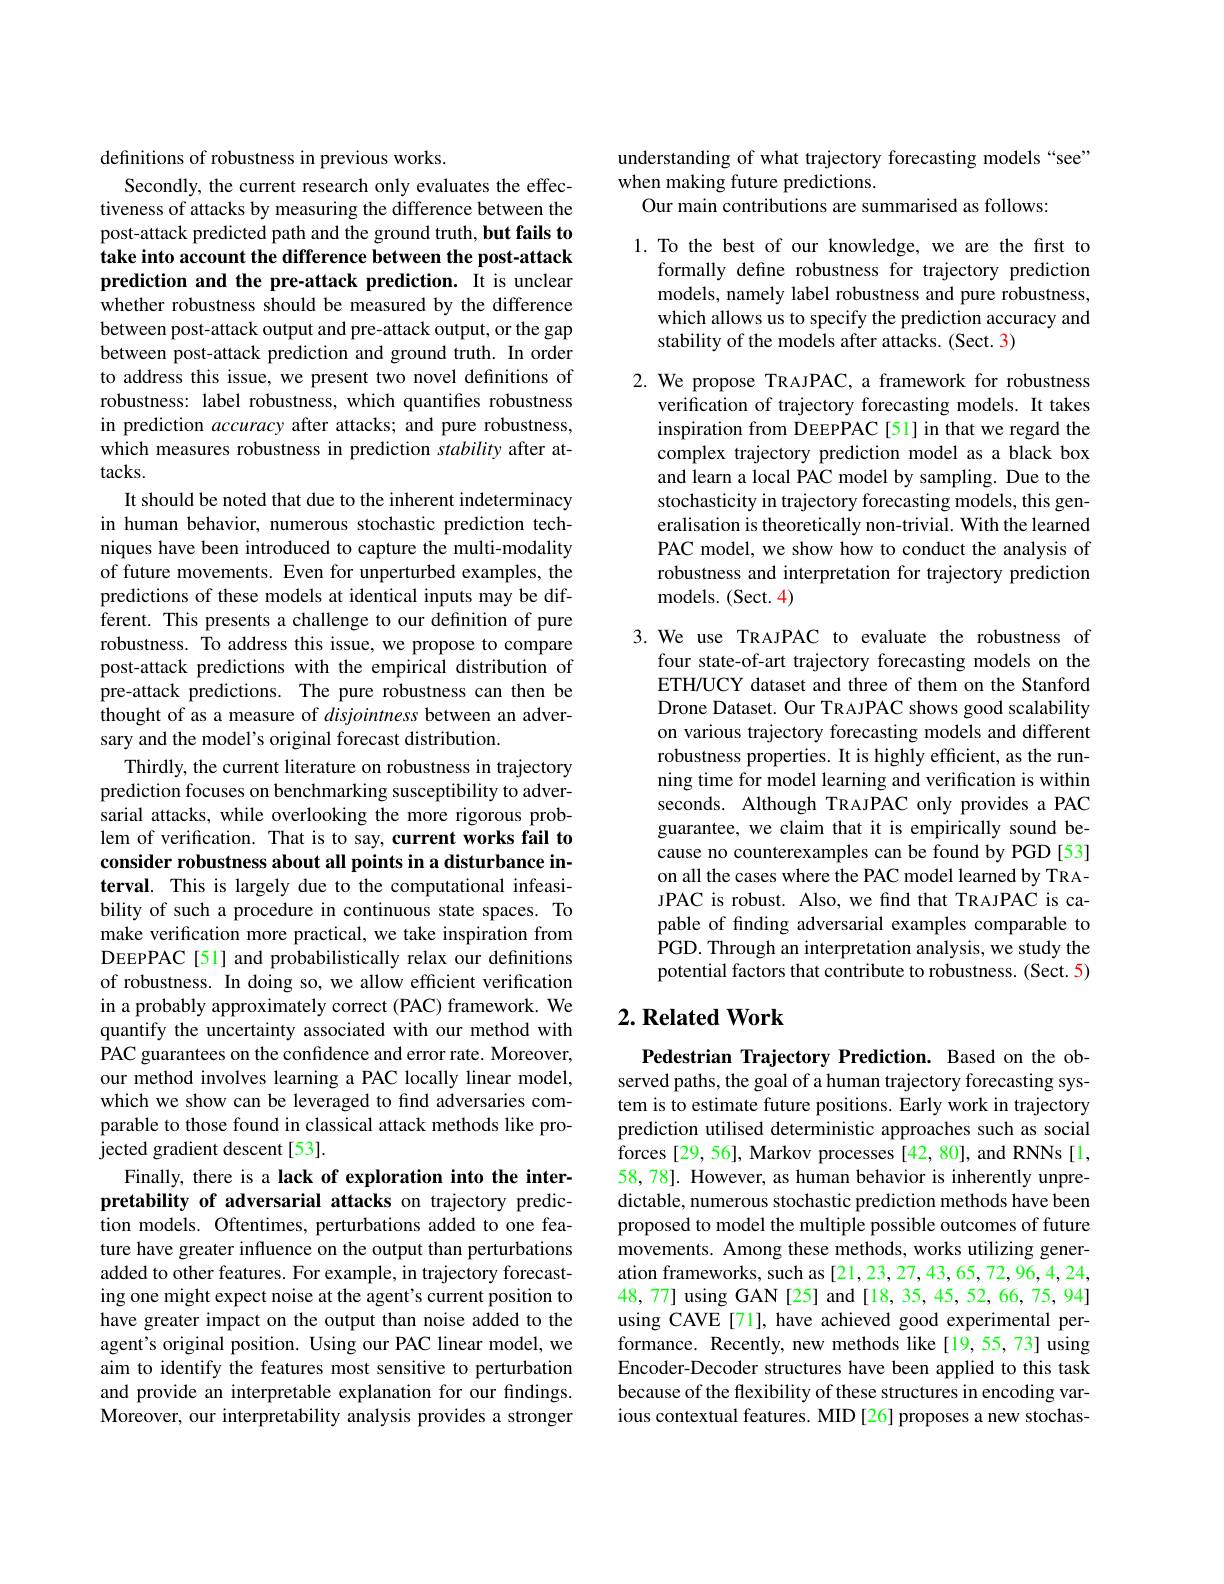
definitions of robustness in previous works.
Secondly, the current research only evaluates the effectiveness of attacks by measuring the difference between the post-attack predicted path and the ground truth, but fails to take into account the difference between the post-attack prediction and the pre-attack prediction. It is unclear whether robustness should be measured by the difference between post-attack output and pre-attack output, or the gap between post-attack prediction and ground truth. In order to address this issue, we present two novel definitions of robustness: label robustness, which quantifies robustness in prediction accuracy after attacks; and pure robustness, which measures robustness in prediction stability after at- $tacks.$
It should be noted that due to the inherent indeterminacy in human behavior, numerous stochastic prediction techniques have been introduced to capture the multi-modality of future movements. Even for unperturbed examples, the predictions of these models at identical inputs may be different. This presents a challenge to our definition of pure robustness. To address this issue, we propose to compare post-attack predictions with the empirical distribution of pre-attack predictions. The pure robustness can then be thought of as a measure of disjointness between an adversary and the model's original forecast distribution.
Thirdly, the current literature on robustness in trajectory prediction focuses on benchmarking susceptibility to adversarial attacks, while overlooking the more rigorous problem of verification. That is to say, current works fail to consider robustness about all points in a disturbance interval. This is largely due to the computational infeasibility of such a procedure in continuous state spaces. To make verification more practical, we take inspiration from DEEPPAC[51] and probabilistically relax our definitions of robustness. In doing so, we allow efficient verification in a probably approximately correct (PAC) framework. We quantify the uncertainty associated with our method with PAC guarantees on the confidence and error rate. Moreover, our method involves learning a PAC locally linear model, which we show can be leveraged to find adversaries comparable to those found in classical attack methods like projected gradient descent[53].
Finally, there is a lack of exploration into the interpretability of adversarial attacks on trajectory prediction models. Oftentimes, perturbations added to one feature have greater influence on the output than perturbations added to other features. For example, in trajectory forecasting one might expect noise at the agent's current position to have greater impact on the output than noise added to the agent's original position. Using our PAC linear model, we aim to identify the features most sensitive to perturbation and provide an interpretable explanation for our findings. Moreover, our interpretability analysis provides a stronger

understanding of what trajectory forecasting models “see”
when making future predictions.
Our main contributions are summarised as follows:

1. To the best of our knowledge, we are the first to
formally define robustness for trajectory prediction models, namely label robustness and pure robustness, which allows us to specify the prediction accuracy and stability of the models after attacks. (Sect. 3)

2. We propose TRAJPAC, a framework for robustness
verification of trajectory forecasting models. It takes inspiration from DEEPPAC[51]in that we regard the complex trajectory prediction model as a black box and learn a local PAC model by sampling. Due to the stochasticity in trajectory forecasting models, this generalisation is theoretically non-trivial. With the learned PAC model, we show how to conduct the analysis of robustness and interpretation for trajectory prediction ${\mathrm{models.~(Sect.~4)}}$

3.We use TRAJPAC to evaluate the robustness of
four state-of-art trajectory forecasting models on the ETH/UCY dataset and three of them on the Stanford Drone Dataset. Our TR AJPAC shows good scalability on various trajectory forecasting models and different robustness properties. It is highly efficient, as the running time for model learning and verification is within seconds. Although TRAJPAC only provides a PAC guarantee, we claim that it is empirically sound because no counterexamples can be found by PGD [53] on all the cases where the PAC model learned by TRAJPAC is robust. Also, we find that TRAJPAC is capable of finding adversarial examples comparable to PGD. Through an interpretation analysis, we study the potential factors that contribute to robustness. (Sect. 5)

### $2. \textbf{Related Work}$

Pedestrian Trajectory Prediction. Based on the observed paths, the goal of a human trajectory forecasting system is to estimate future positions. Early work in trajectory prediction utilised deterministic approaches such as social forces[29,56], Markov processes[42,80], and RNNs[1, 58,78]. However, as human behavior is inherently unpredictable, numerous stochastic prediction methods have been proposed to model the multiple possible outcomes of future movements. Among these methods, works utilizing generation frameworks, such as [21,23,27,43,65,72,96,4,24, 48,77] using GAN [25] and [18, 35, 45, 52, 66, 75, 94] using CAVE[71], have achieved good experimental performance. Recently, new methods like[19,55,73] using Encoder-Decoder structures have been applied to this task because of the flexibility of these structures in encoding various contextual features. MID [26] proposes a new stochas-